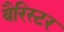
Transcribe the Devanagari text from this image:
वैरिस्टर